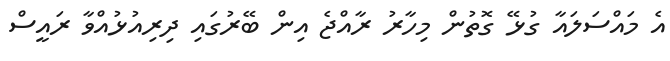
އެ މައްސަލައާ ގުޅޭ ގޮތުން މިހާރު ރާއްޖެ އިން ބޭރުގައި ދިރިއުޅުއްވާ ރައީސް